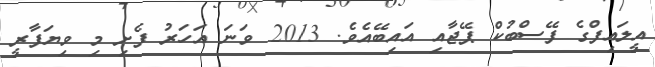
އީލައިފްގެ ފޭސްބުކް ޕޭޖާއި އައިބޭއެވެ. 2013 ވަނަ އަހަރު ފެށި މި ވިޔަފާރީ